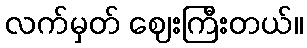
လက်မှတ် ဈေးကြီးတယ်။